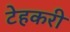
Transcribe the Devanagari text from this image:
टेहकरी